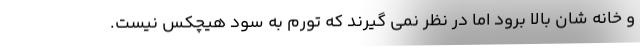
و خانه شان بالا برود اما در نظر نمی گیرند که تورم به سود هیچکس نیست.